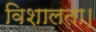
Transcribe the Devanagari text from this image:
विशालता।